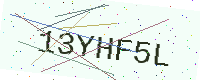
Text: 13YHF5L